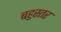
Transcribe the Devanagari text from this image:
बहुस्तर